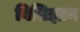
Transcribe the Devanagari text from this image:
विधिज्ञान